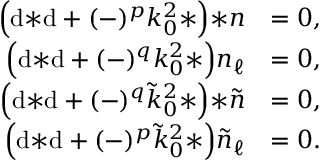
\begin{array} { r l } { \Big ( \mathrm { d } { * \mathrm { d } } + ( - ) ^ { p } k _ { 0 } ^ { 2 } { * } \Big ) { * n } } & { = 0 , } \\ { \Big ( \mathrm { d } { * \mathrm { d } } + ( - ) ^ { q } k _ { 0 } ^ { 2 } { * } \Big ) n _ { \ell } } & { = 0 , } \\ { \Big ( \mathrm { d } { * \mathrm { d } } + ( - ) ^ { q } \tilde { k } _ { 0 } ^ { 2 } { * } \Big ) { * \tilde { n } } } & { = 0 , } \\ { \Big ( \mathrm { d } { * \mathrm { d } } + ( - ) ^ { p } \tilde { k } _ { 0 } ^ { 2 } { * } \Big ) \tilde { n } _ { \ell } } & { = 0 . } \end{array}